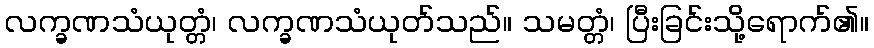
လက္ခဏသံယုတ္တံ၊ လက္ခဏသံယုတ်သည်။ သမတ္တံ၊ ပြီးခြင်းသို့ရောက်၏။